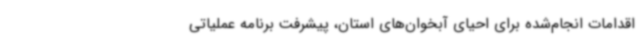
اقدامات انجام‌شده برای احیای آبخوان‌های استان، پیشرفت برنامه عملیاتی